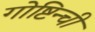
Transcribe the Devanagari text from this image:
गोष्टिन्ची